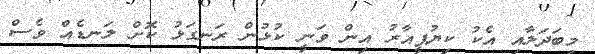
މިބަދަލާއި އެކު ކިޔުޕީއާރު އިން ވަނީ ކުޅުން ރަނގަޅު ކޮށް ލަނޑެއް ވެސް